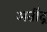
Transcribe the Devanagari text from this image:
अतींद्र